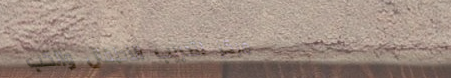
مركز لتدريب الأطفال والكب